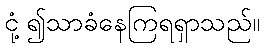
ငုံ့၍သာခံနေကြရရှာသည်။